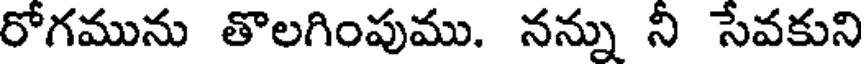
రోగమును తొలగింపుము. నన్ను నీ సేవకుని